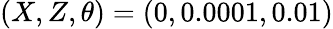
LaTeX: (X,Z,\theta)=(0,0.0001,0.01)